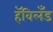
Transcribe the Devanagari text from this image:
हॅविलँड